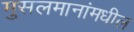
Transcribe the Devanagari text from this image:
मुसलमानांमधील